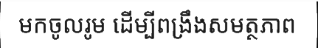
មកចូលរូម ដើម្បីពង្រឹងសមត្ថភាព